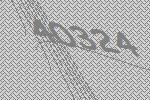
40324